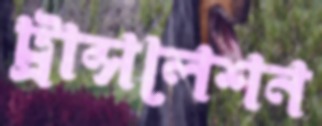
ট্রান্সলেশন